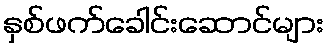
နှစ်ဖက်ခေါင်းဆောင်များ